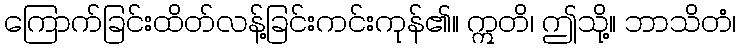
ကြောက်ခြင်းထိတ်လန့်ခြင်းကင်းကုန်၏။ ဣတိ၊ ဤသို့။ ဘာသိတံ၊